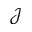
\mathcal { J }